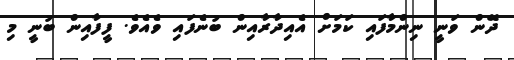
ދޭން ވަނީ ނިންމާފައި ކަމަށް އެއިދާރާއިން ބުނެފައި ވެއެވެ. ފީފާއިން ބުނީ މި